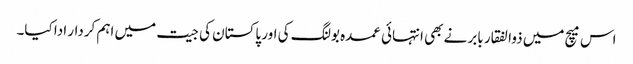
اس میچ میں ذوالفقار بابر نے بھی انتہائی عمدہ بولنگ کی اور پاکستان کی جیت میں اہم کردار ادا کیا۔